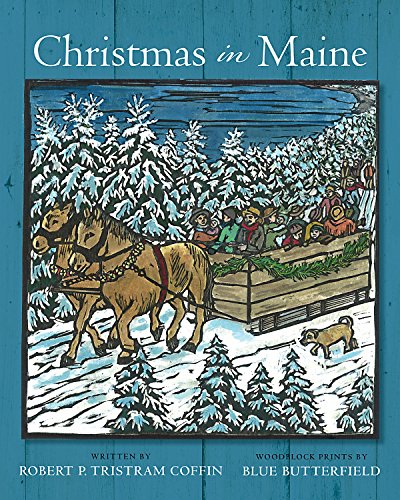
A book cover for Christmas in Maine; Robert Tristram Coffin; Children's Books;